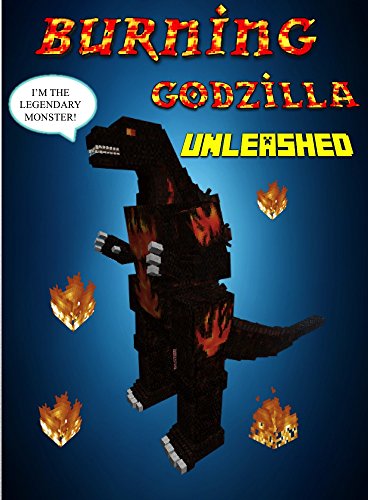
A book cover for Burning Godzilla Unleashed (Minecraft Monsters Series Book 5); Ender King; Children's Books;